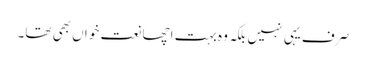
صرف یہی نہیں بلکہ وہ بہت اچھا نعت خواں بھی تھا۔